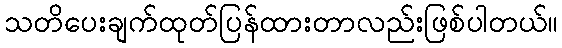
သတိပေးချက်ထုတ်ပြန်ထားတာလည်းဖြစ်ပါတယ်။